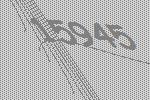
15945